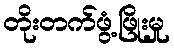
တိုးတက်ဖွံ့ဖြိုးမှု